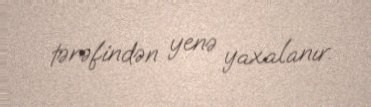
tərəfindən yenə yaxalanır.